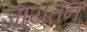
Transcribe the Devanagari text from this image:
जायतन